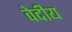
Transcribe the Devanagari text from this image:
वेदीय